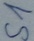
Text: S1